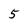
Character: 5